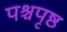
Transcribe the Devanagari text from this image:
पश्चपृष्ठ